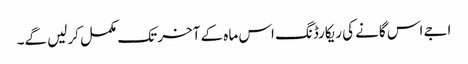
اجے اس گانے کی ریکارڈنگ اس ماہ کے آخر تک مکمل کرلیں گے۔